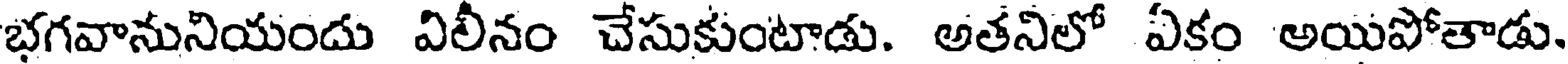
భగవానునియందు విలీనం చేసుకుంటాడు. అతనిలో ఏకం అయిపోతాడు.